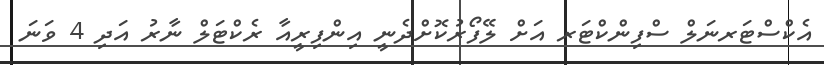
އެކްސްޓަރނަލް ސްފިންކްޓަރ އަށް ލޭފޯރުކޮށްދެނީ އިންފިރީއާ ރެކްޓަލް ނާރު އަދި 4 ވަނަ